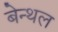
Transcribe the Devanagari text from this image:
बेन्थल